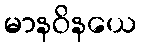
မာနဝိနယေ